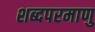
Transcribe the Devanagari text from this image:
शब्दपरमाणु